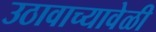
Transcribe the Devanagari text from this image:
उठावाच्यावेळी